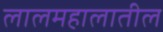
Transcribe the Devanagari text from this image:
लालमहालातील